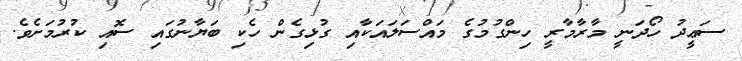
ސަޢީދު ހޯދަނީ މާރާމާރީ ހިންގުމުގެ މައްސަލައަކާއި ގުޅިގެން ހެކި ބަޔާނުގައި ސޮއި ކުރުމަށެވެ.